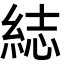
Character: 綕